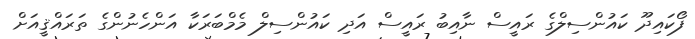
ފޯކައިދޫ ކައުންސިލްގެ ރައީސް ނާއިބު ރައީސް އަދި ކައުންސިލް މެމްބަރަކާ އަންހެނުންގެ ތަރައްޤީއަށް